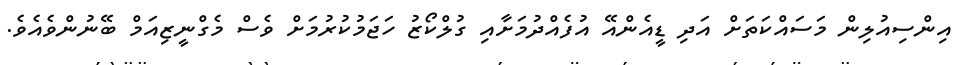
އިންސިއުލިން މަސައްކަތަށް އަދި ޑީއެންއޭ އުފެއްދުމަށާއި ގުލްކޯޒު ހަޖަމުކުރުމަށް ވެސް މެގްނީޒިއަމް ބޭނުންވެއެވެ.